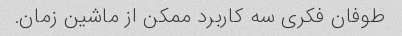
طوفان فکری سه کاربرد ممکن از ماشین زمان.